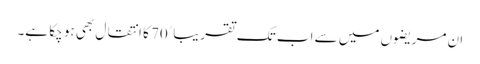
ان مریضوں میں سے اب تک تقریباﹰ 70 کا انتقال بھی ہو چکا ہے۔